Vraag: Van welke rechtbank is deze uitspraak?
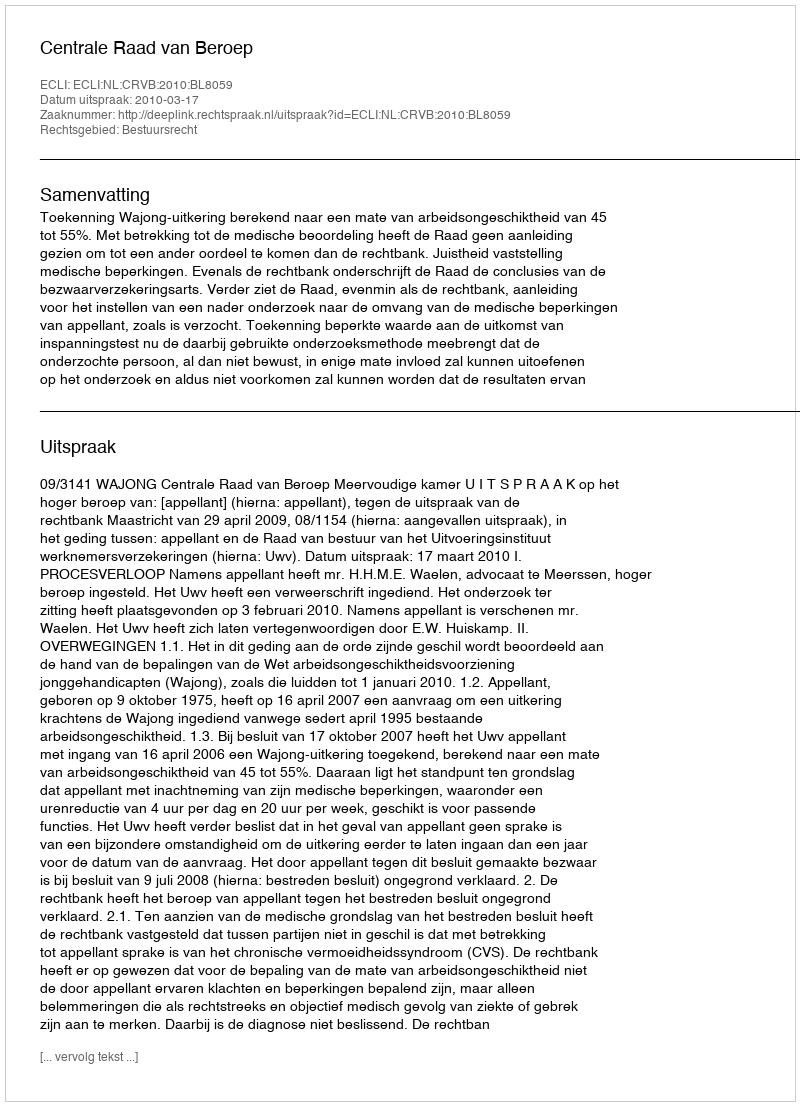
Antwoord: Centrale Raad van Beroep